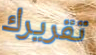
تقريرك